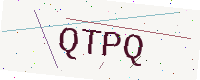
Text: QTPQ